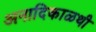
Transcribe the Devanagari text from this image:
अनादिकाळथी